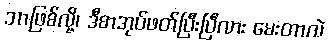
ဘာဖြစ်လို့၊ ဒီစာအုပ်ဖတ်ပြီးပြီလား မေးတာလဲ